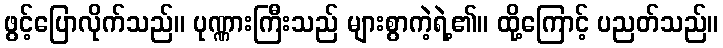
ဖွင့်ပြောလိုက်သည်။ ပုဏ္ဏားကြီးသည် များစွာကဲ့ရဲ့၏။ ထို့ကြောင့် ပညတ်သည်။